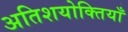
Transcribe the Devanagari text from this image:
अतिशयोक्तियाँ